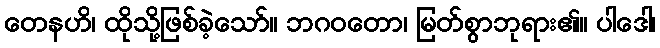
တေနဟိ၊ ထိုသို့ဖြစ်ခဲ့သော်။ ဘဂဝတော၊ မြတ်စွာဘုရား၏။ ပါဒေါ၊